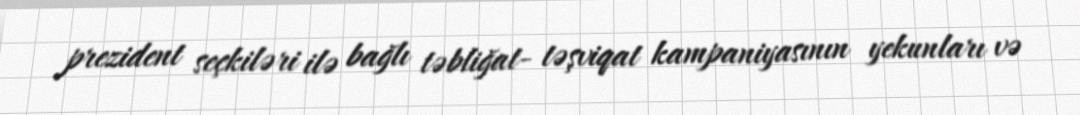
prezident seçkiləri ilə bağlı təbliğat- təşviqat kampaniyasının yekunları və